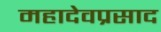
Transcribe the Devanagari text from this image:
महादेवप्रसाद